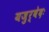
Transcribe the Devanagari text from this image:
यजुर्वेदः